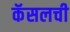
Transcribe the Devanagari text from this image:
कॅसलची